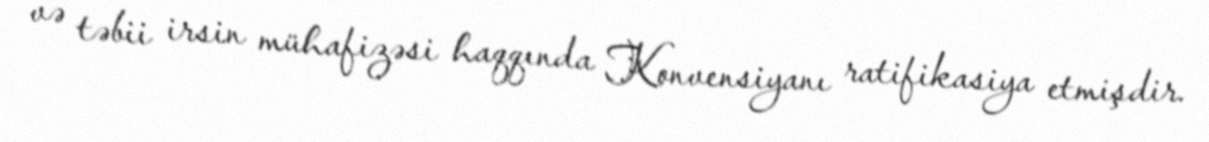
və təbii irsin mühafizəsi haqqında Konvensiyanı ratifikasiya etmişdir.